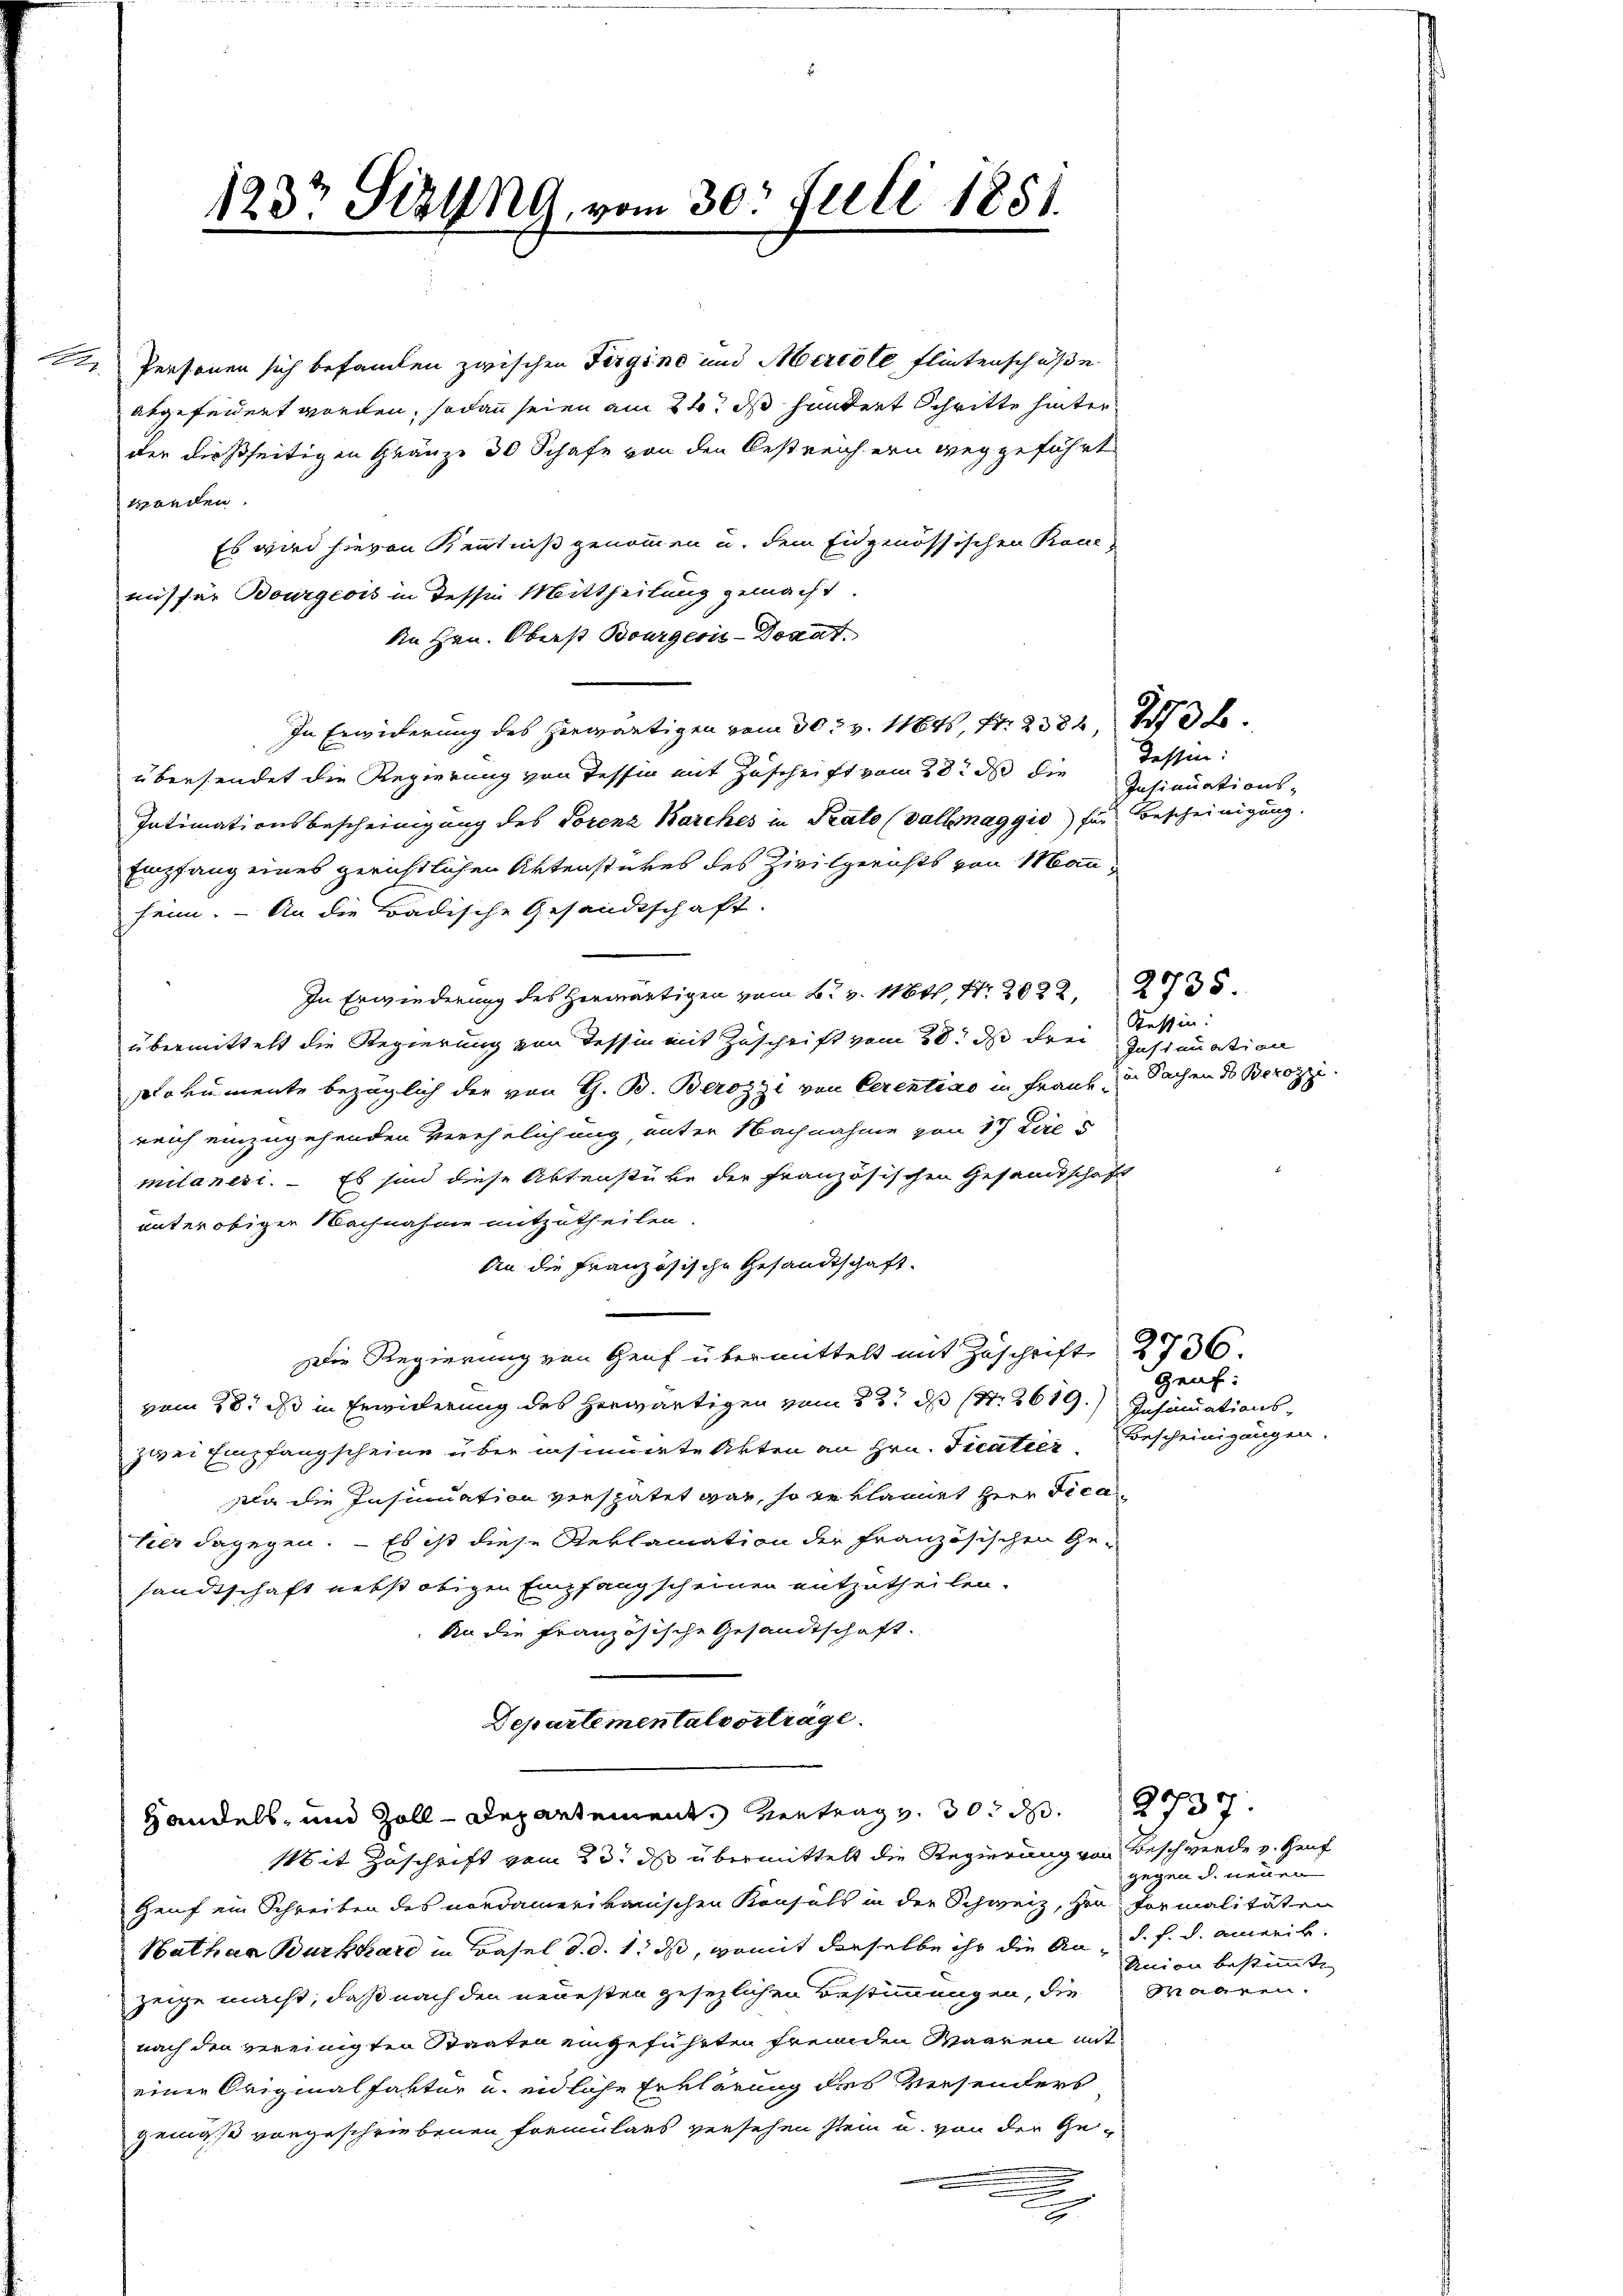
Personen sich befanten zwischen Fergine und Mercole Flintenschuße
abgefundert worden, sodann seien am 2t ds hintert Schritte hinter
der dießseitigen Gränze 30 Schafe von den bestreichern weg geführt
worden.
Es wird hievon Kenntniß genommen u. dem Eidgenössischen Rauc
mis für Bourgeois in dessen Mittheilung gemacht.
An Hrn. Oberst Bourgeois-Dovat
In Erwiderung des herwärtigen vom 30 t v. 1164, S. 2382, 138.
übersendet die Regierung von Tessin mit Zuschrift vom 28t ds die
Intimationsbescheinigung des Torenz Barches in Prato vollmaggio für Bescheinigung.
Empfang eines gerichtlichen Aktenstückes des Zivilgerichts von Mann
heim. — An die Badische Gesandtschaft.
In Erwiederung des Herwärtigen vom 6. v. Mts. Nr. 2022. 235.
übermittelt die Regierung von dessin mit Zuschrift vom 28. ds drei Insinuation
Dokumente bezüglich der von G. B. Berozzi von Cerentiae in Frank in Sachen des Berozzi
reich einzugehenden Verehelichung, unter Nachnahme von 17 Lire s
milanesi. – Es sind diese Aktenstüke der französischen Gesandtschaft
unter obiger Nachnahme mitzutheilen.
An die Französische Gesandtschaft.
.
Die Regierung von Genf übermittelt mit Zuschrift 276.
vom 28. ds in Erwiderung des herwärtigen vom 22. d St. 2619.) Gesinuationszwei Empfangscheine über insinuirte Akten an Hrn. Ficatier Bescheinigungen.
Da die Insinuation verspätet war, so erkläret Herr Fica
ker dagegen. – Es ist diese Reklamation der Französischen Ge-
sandtschaft nebst obigen Empfang scheinen entzutheilen.
An die französische Gesandtschaft.
Departementalvortrage.
Handels- und Zoll-Departement. Vertrag v. 30. d.
Mit Zuschrift vom 23. ds übermittelt die Regierung von Beschwerde v. Graf
Genf ein Schreiben des nordamerikanischen Konsuls in der Schweiz, her formalitäten
Hathaa Burkhard in Basel d. d. 1. ds, womit derselbe ihr die And. h. d. anweib
zeige macht, daß nach den neuesten gesezlichen Bestimmungen, die Waaren.
nach den vereinigten Staaten eingeführten fremden Waaren mit
einer Originalfaktor u. eidliche Erklärung des Versenders
gemäß vorgeschriebenen Formulars versehen stein u. von der Ge-
.
.
2

123t Sizung, vom 30. Juli 1851

Tessin:
Insinuations-

Stessin.

Geuf:

2737.
gegen d. neuen
Union bestimmt.